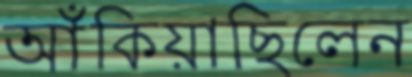
আঁকিয়াছিলেন